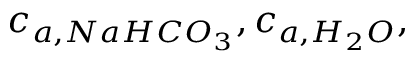
c _ { a , N a H C O _ { 3 } } , c _ { a , H _ { 2 } O } ,